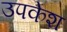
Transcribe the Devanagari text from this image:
उपकेश